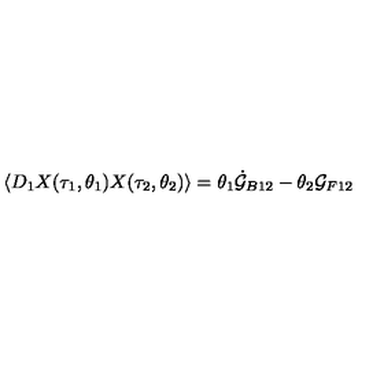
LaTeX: \langle D _ { 1 } X ( \tau _ { 1 } , \theta _ { 1 } ) X ( \tau _ { 2 } , \theta _ { 2 } ) \rangle = \theta _ { 1 } \dot { \cal G } _ { B 1 2 } - \theta _ { 2 } { \cal G } _ { F 1 2 }